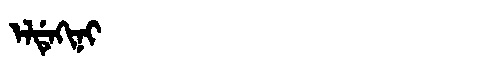
Manchu: ᡝᠯᡩᡝᡴᡳᠨᡳ
Romanization: ELDEKINI